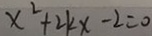
x ^ { 2 } + 2 k x - 2 = 0